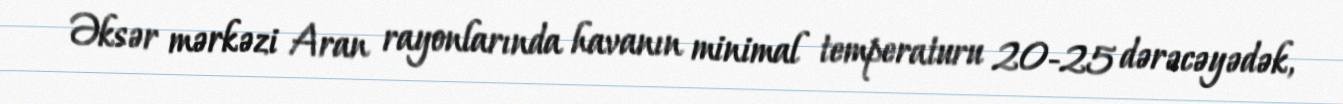
Əksər mərkəzi Aran rayonlarında havanın minimal temperaturu 20-25 dərəcəyədək,